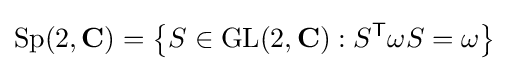
\operatorname {Sp} (2,\mathbf {C} )=\left\{S\in \operatorname {GL} (2,\mathbf {C} ):S^{\textsf {T}}\omega S=\omega \right\}